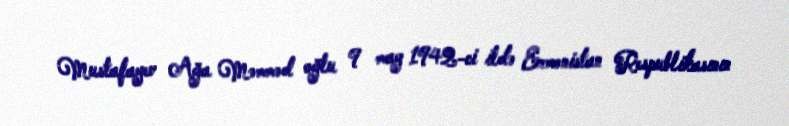
Mustafayev Ağa Məmməd oğlu 9 may 1942-ci ildə Ermənistan Respublikasının